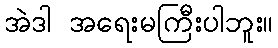
အဲဒါ အရေးမကြီးပါဘူး။